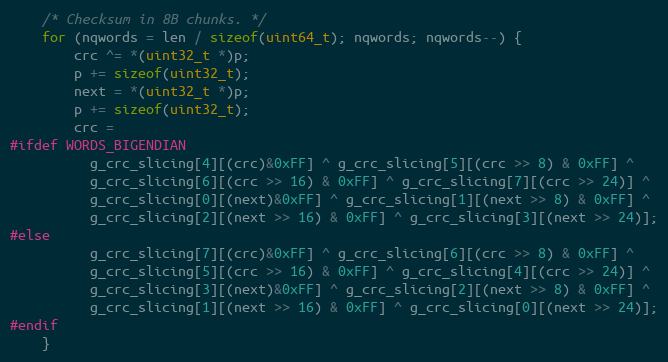
Language: C
    /* Checksum in 8B chunks. */
    for (nqwords = len / sizeof(uint64_t); nqwords; nqwords--) {
        crc ^= *(uint32_t *)p;
        p += sizeof(uint32_t);
        next = *(uint32_t *)p;
        p += sizeof(uint32_t);
        crc =
#ifdef WORDS_BIGENDIAN
          g_crc_slicing[4][(crc)&0xFF] ^ g_crc_slicing[5][(crc >> 8) & 0xFF] ^
          g_crc_slicing[6][(crc >> 16) & 0xFF] ^ g_crc_slicing[7][(crc >> 24)] ^
          g_crc_slicing[0][(next)&0xFF] ^ g_crc_slicing[1][(next >> 8) & 0xFF] ^
          g_crc_slicing[2][(next >> 16) & 0xFF] ^ g_crc_slicing[3][(next >> 24)];
#else
          g_crc_slicing[7][(crc)&0xFF] ^ g_crc_slicing[6][(crc >> 8) & 0xFF] ^
          g_crc_slicing[5][(crc >> 16) & 0xFF] ^ g_crc_slicing[4][(crc >> 24)] ^
          g_crc_slicing[3][(next)&0xFF] ^ g_crc_slicing[2][(next >> 8) & 0xFF] ^
          g_crc_slicing[1][(next >> 16) & 0xFF] ^ g_crc_slicing[0][(next >> 24)];
#endif
    }